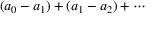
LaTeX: ( a _ { 0 } - a _ { 1 } ) + ( a _ { 1 } - a _ { 2 } ) + \cdots